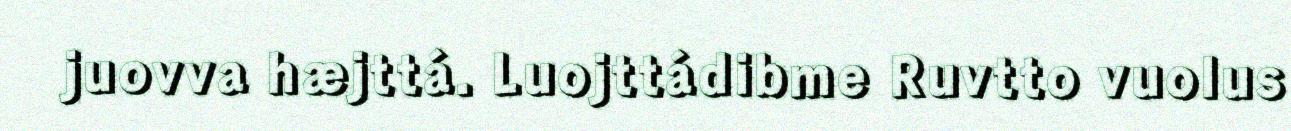
juovva hæjttá. Luojttádibme Ruvtto vuolus